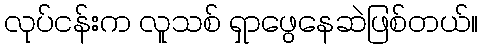
လုပ်ငန်းက လူသစ် ရှာဖွေနေဆဲဖြစ်တယ်။